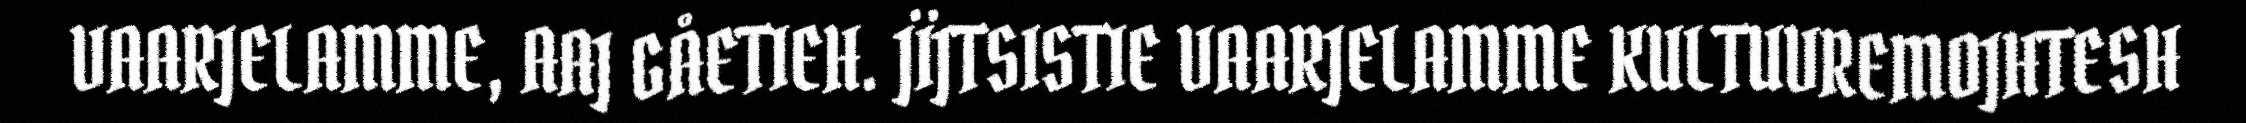
VAARJELAMME, AAJ GÅETIEH. JÏJTSISTIE VAARJELAMME KULTUVREMOJHTESH